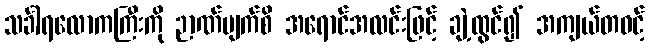
သင်္ခါရလောကကြီးကို ဉာဏ်မျက်စိ အရောင်အလင်းဖြင့် ချဲ့ထွင်၍ အကျယ်တဝင့်